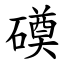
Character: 磸